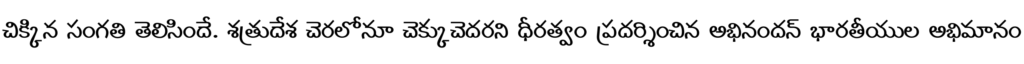
చిక్కిన సంగతి తెలిసిందే. శత్రుదేశ చెరలోనూ చెక్కుచెదరని ధీరత్వం ప్రదర్శించిన అభినందన్ భారతీయుల అభిమానం